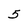
Character: 5